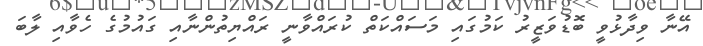
އޭނާ ވިދާޅުވީ ބޮޑުވަޒީރު ކަމުގައި މަސައްކަތް ކުރައްވާނީ ރައްޔިތުންނާއި ގައުމުގެ ހެވާއި ލާބަ